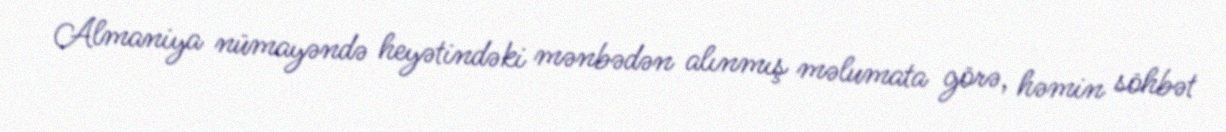
Almaniya nümayəndə heyətindəki mənbədən alınmış məlumata görə, həmin söhbət